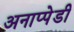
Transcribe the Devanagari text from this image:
अनाप्पेडी